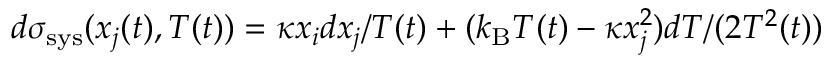
d \sigma _ { \mathrm { s y s } } ( x _ { j } ( t ) , T ( t ) ) = \kappa x _ { i } d x _ { j } / T ( t ) + ( k _ { \mathrm { B } } T ( t ) - \kappa x _ { j } ^ { 2 } ) d T / ( 2 T ^ { 2 } ( t ) )